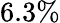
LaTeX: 6.3\%